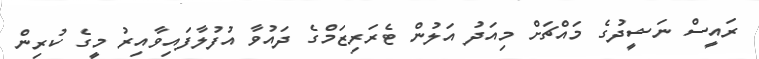
ރައީސް ނަޝީދުގެ މައްޗަށް މިއަދު އަލުން ޓެރަރިޒަމްގެ ދައުވާ އުފުލާފައިވާއިރު މީގެ ކުރިން